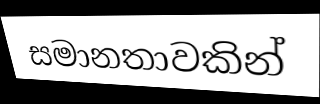
සමානතාවකින්